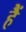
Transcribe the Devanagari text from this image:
हैें